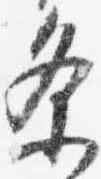
条